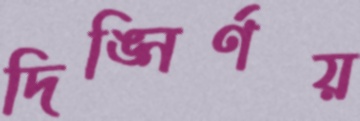
দিঙ্নির্ণয়